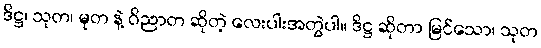
ဒိဋ္ဌ၊ သုတ၊ မုတ နဲ့ ဝိညာတ ဆိုတဲ့ လေးပါးအတွဲပါ။ ဒိဋ္ဌ ဆိုတာ မြင်သော၊ သုတ